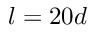
l = 2 0 d